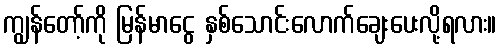
ကျွန်တော့်ကို မြန်မာငွေ နှစ်သောင်းလောက်ချေးပေးလို့ရလား။